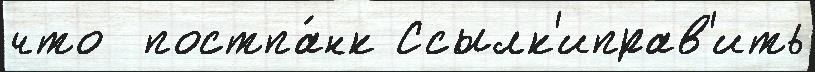
что  постпа́нк Ссылк'иправ'ить